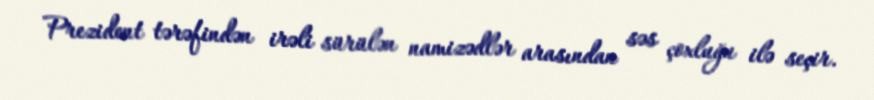
Prezident tərəfindən irəli sürülən namizədlər arasından səs çoxluğu ilə seçir.